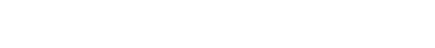
မတွေ့ရင် မယုံရဘူးဆိုတာကို အခြေခံပြုပြီး ရေးထားကြတယ်၊ အဲဒီလို